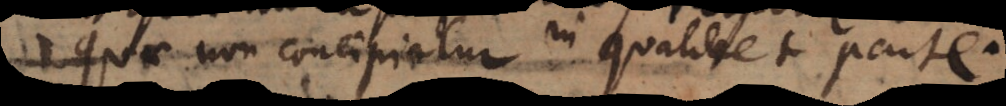
quae non concipiatur in qualibet parte.